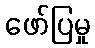
ဖော်ပြမှု